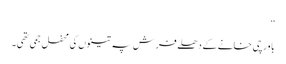
‘‘
باورچی خانے کے دھلے فرش پہ تینوں کی محفل جمی تھی۔